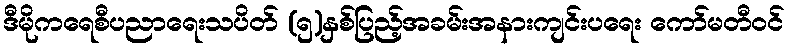
ဒီမိုကရေစီပညာရေးသပိတ် (၅)နှစ်ပြည့်အခမ်းအနားကျင်းပရေး ကော်မတီဝင်